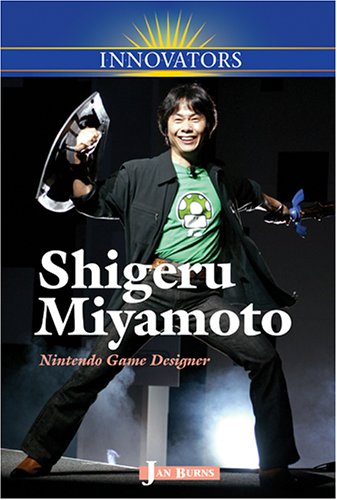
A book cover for Shigeru Miyamoto: Nintendo Game Designer (Innovators); Jan Burns; Children's Books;